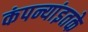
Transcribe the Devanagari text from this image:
कंपन्यांइतके